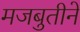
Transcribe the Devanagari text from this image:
मजबुतीने